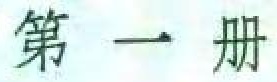
第一册